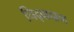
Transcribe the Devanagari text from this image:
चिद्‌वादाचा